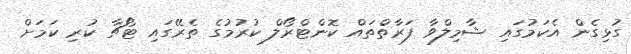
ގުޅިގެން އެކަމުގައި ޝާމިލްވާ ފަރާތްތައް ކޮންޓްރޯލް ކުރުމުގެ ތެރޭގައި ޓޯޗާ ކުރި ކަމަށް